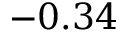
- 0 . 3 4